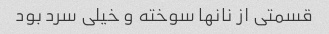
قسمتی از نانها سوخته و خیلی سرد بود